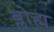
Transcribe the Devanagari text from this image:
ब्लोह्म